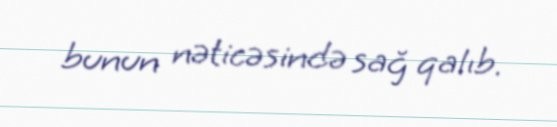
bunun nəticəsində sağ qalıb.